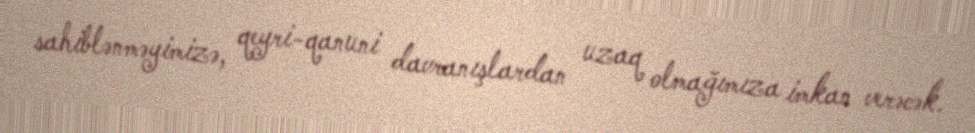
sahiblənməyimizə, qeyri-qanuni davranışlardan uzaq olmağımıza imkan verəcək.